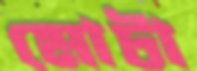
মোটা